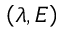
\left( \lambda , E \right)